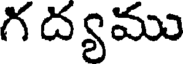
గ ద్యము